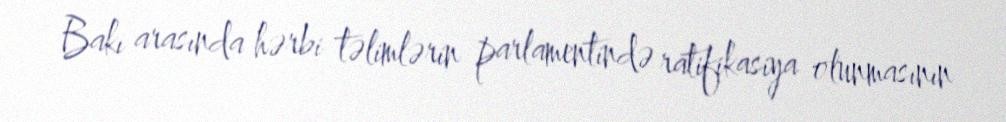
Bakı arasında hərbi təlimlərin parlamentində ratifikasiya olunmasının